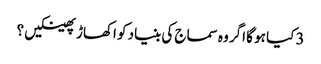
3 کیا ہو گا اگر وہ سماج کی بنیاد کو اکھاڑ پھینکیں ؟